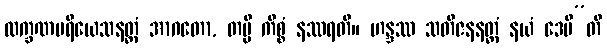
လက္ခဏပရိယေသနတ္ထံ အာဂတော, တမ္ပိ ကိစ္စံ နဿရတိ။ ဟန္ဒဿ သတိဇနနတ္ထံ နယံ ဒေမီ”တိ